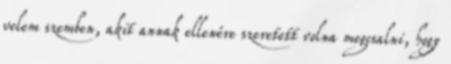
velem szemben, akit annak ellenére szeretett volna megcsalni, hogy